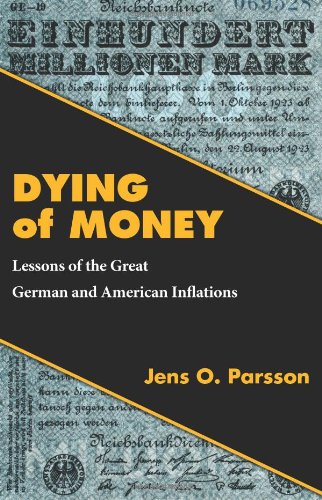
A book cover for Dying of Money; Jens O. Parsson; Business & Money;